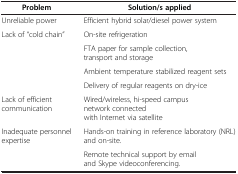
| Problem | Solution/s applied |
 | --- | --- |
 | Unreliable power | Efficient hybrid solar/diesel power system |
 | Lack of “cold chain” | On-site refrigeration |
 |  | FTA paper for sample collection, transport and storage |
 |  | Ambient temperature stabilized reagent sets |
 |  | Delivery of regular reagents on dry-ice |
 | Lack of efficient communication | Wired/wireless, hi-speed campus network connected with Internet via satellite |
 | Inadequate personnel expertise | Hands-on training in reference laboratory (NRL) and on-site. |
 |  | Remote technical support by email and Skype videoconferencing. |